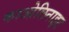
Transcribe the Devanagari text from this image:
काओलिनाइट